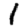
Digit: 1